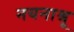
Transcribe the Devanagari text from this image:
नयनाश्रू